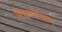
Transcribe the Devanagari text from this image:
विद्युतसंभरण